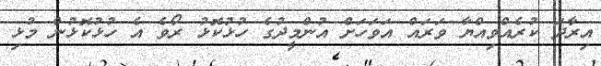
އިރާދަ ކުރެއްވިއްޔާ ވަރައް އަވަހަށް އުންމީދުގެ ހުޅުކޮޅު ރޯވެ އެ ހުޅުކޮޅުން މުޅި